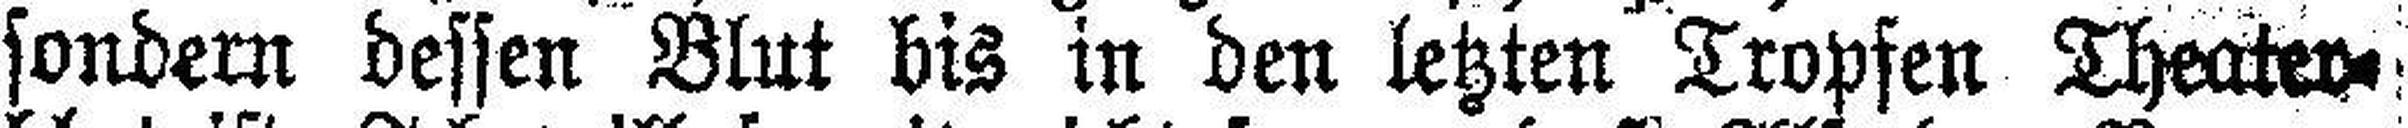
sondern dessen Blut bis in den letzten Tropfen Theater¬